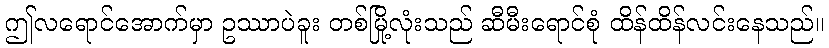
ဤလရောင်အောက်မှာ ဥဿာပဲခူး တစ်မြို့လုံးသည် ဆီမီးရောင်စုံ ထိန်ထိန်လင်းနေသည်။